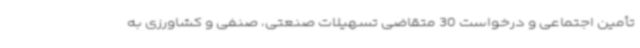
تأمین اجتماعی و درخواست 30 متقاضی تسهیلات صنعتی، صنفی و کشاورزی به